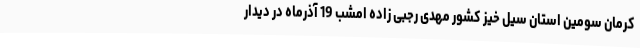
کرمان سومین استان سیل خیز کشور مهدی رجبی زاده امشب 19 آذرماه در دیدار